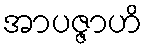
အာပဇ္ဇာဟိ